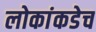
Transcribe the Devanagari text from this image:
लोकांकडेच